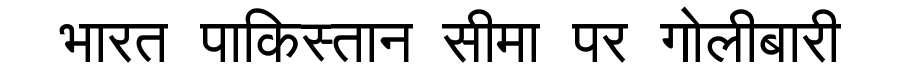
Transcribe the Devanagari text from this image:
भारत पाकिस्तान सीमा पर गोलीबारी